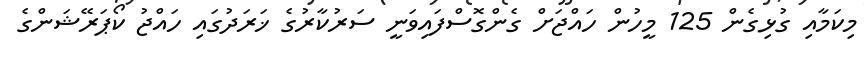
މިކަމާއި ގުޅިގެން 125 މީހުން ހައްޖަށް ގެންގޮސްފައިވަނީ ސަރުކާރުގެ ޚަރަދުގައި ހައްޖު ކޯޕަރޭޝަންގެ